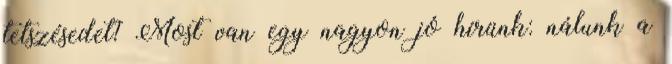
tetszésedet? Most van egy nagyon jó hírünk: nálunk a